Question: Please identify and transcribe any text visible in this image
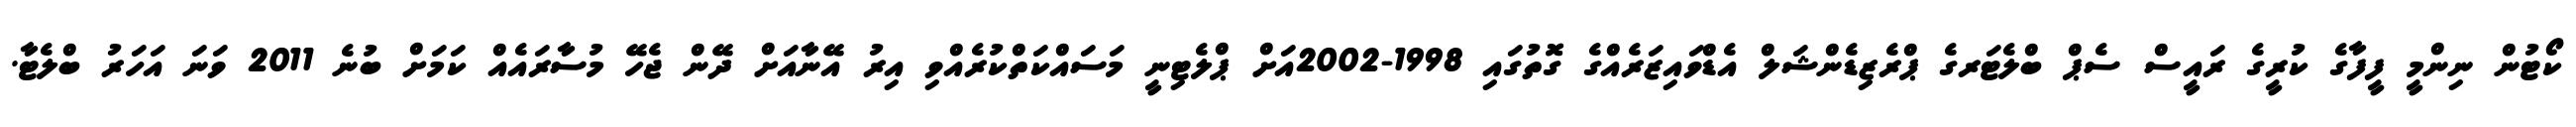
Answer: ކޯޓުން ނިންމީ ފީފާގެ ކުރީގެ ރައީސް ސެޕް ބްލެޓަރގެ ޕްރެޒިޑެންޝަލް އެޑްވައިޒަރެއްގެ ގޮތުގައި 1998-2002އަށް ޕްލެޓިނީ މަސައްކަތްކުރެއްވި އިރު އޭނާއަށް ދޭން ޖެހޭ މުސާރައެއް ކަމަށް ބުނެ 2011 ވަނަ އަހަރު ބްލެޓާ.